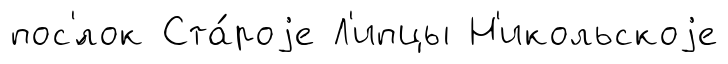
пос'́лок Ста́роjе Л'ипцы Н'икольскоjе